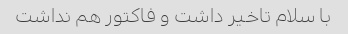
با سلام تاخیر داشت و فاکتور هم نداشت